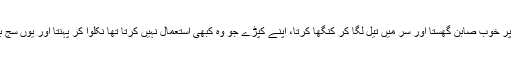
اس دن وہ اچھی طرح نہاتا، بدن پر خوب صابن گھستا اور سر میں تیل لگا کر کنگھا کرتا، اپنے کپڑے جو وہ کبھی اِستعمال نہیں کرتا تھا نکلوا کر پہنتا اور یوں سج بن کر ملنے والوں کے پاس جاتا۔